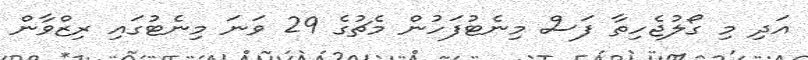
އަދި މި ގޯލުޖެހިތާ ފަސް މިނެޓުފަހުން މެޗުގެ 29 ވަނަ މިނެޓުގައި ރިޒްވާން